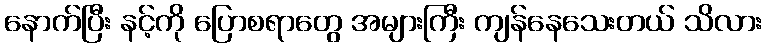
နောက်ပြီး နင့်ကို ပြောစရာတွေ အများကြီး ကျန်နေသေးတယ် သိလား